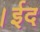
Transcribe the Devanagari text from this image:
।ईद